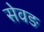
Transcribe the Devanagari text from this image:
सेवङ